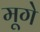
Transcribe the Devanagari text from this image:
मूगे